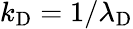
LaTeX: k_{\mathrm{{D}}}=1/\lambda_{\mathrm{{D}}}